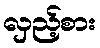
လှည့်စား